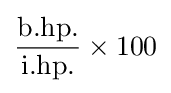
{\dfrac {\mbox{b.hp.}}{\mbox{i.hp.}}}\times 100